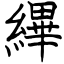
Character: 縪